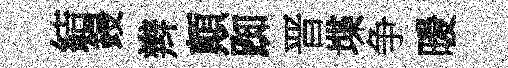
結鋟辫顛踟晋堞争暖